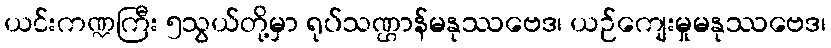
ယင်းကဏ္ဍကြီး ၅သွယ်တို့မှာ ရုပ်သဏ္ဌာန်မနုဿဗေဒ၊ ယဉ်ကျေးမှုမနုဿဗေဒ၊